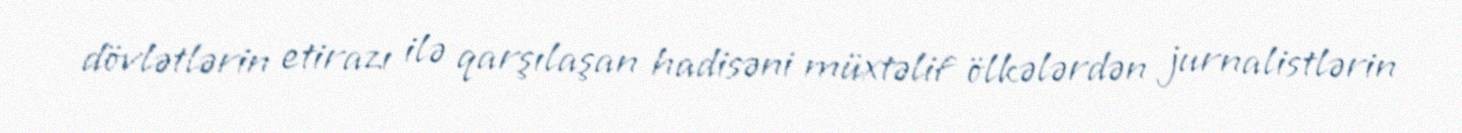
dövlətlərin etirazı ilə qarşılaşan hadisəni müxtəlif ölkələrdən jurnalistlərin